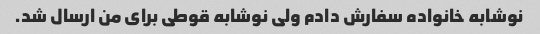
نوشابه خانواده سفارش دادم ولی نوشابه قوطی برای من ارسال شد.